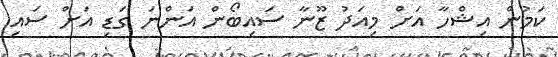
ކަމުން އިޝްހާ އަށް މިއަދު ޒޫނާ ސައިބޯން އަންނަ ގަޑި އަށް ސައި